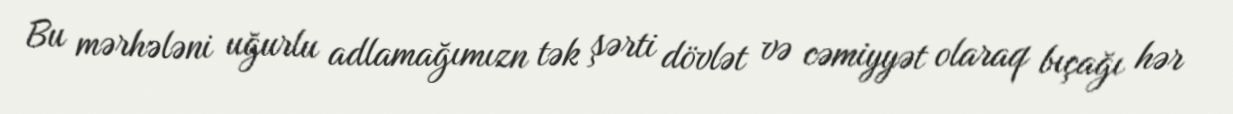
Bu mərhələni uğurlu adlamağımızn tək şərti dövlət və cəmiyyət olaraq bıçağı hər